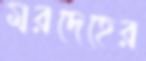
মরদেহের